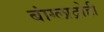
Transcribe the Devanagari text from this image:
बांग्लाद्रोही